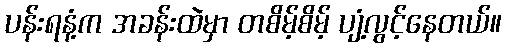
ပန်းရနံ့က အခန်းထဲမှာ တစိမ့်စိမ့် ပျံ့လွင့်နေတယ်။